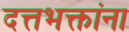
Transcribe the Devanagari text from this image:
दत्तभक्तांना